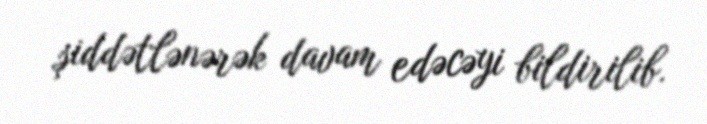
şiddətlənərək davam edəcəyi bildirilib.